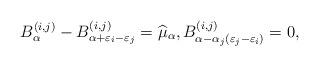
LaTeX: \begin{gather*}B_{\alpha}^{(i,j) }-B_{\alpha+\varepsilon_{i}-\varepsilon_{j}}^{(i,j) } =\widehat{\mu}_{\alpha},B_{\alpha-\alpha_{j}(\varepsilon_{j}-\varepsilon_{i}) }^{(i,j) } =0,\end{gather*}